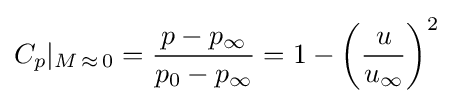
C_{p}|_{M\,\approx \,0}={p-p_{\infty } \over p_{0}-p_{\infty }}={1-{\bigg (}{\frac {u}{u_{\infty }}}{\bigg )}^{2}}